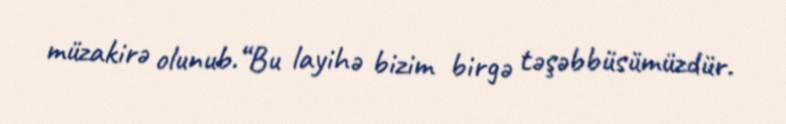
müzakirə olunub.“Bu layihə bizim birgə təşəbbüsümüzdür.